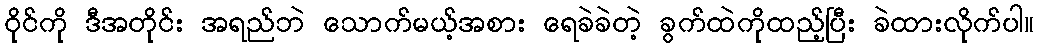
ဝိုင်ကို ဒီအတိုင်း အရည်ဘဲ သောက်မယ့်အစား ရေခဲခဲတဲ့ ခွက်ထဲကိုထည့်ပြီး ခဲထားလိုက်ပါ။